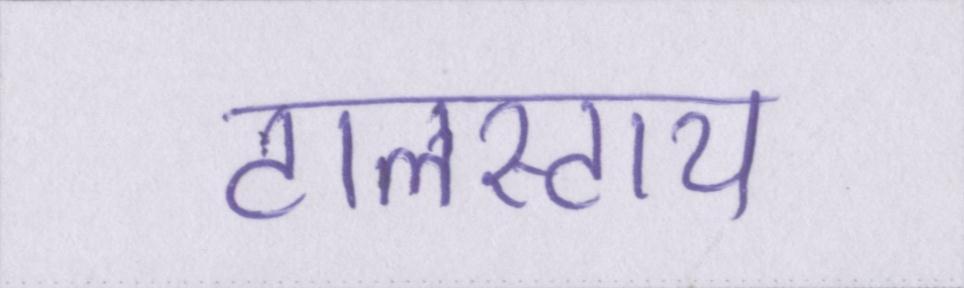
टालस्टाय